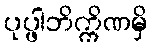
ပုပ္ဖါဘိက္ကိဏမှိ